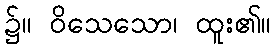
၌။ ဝိသေသော၊ ထူး၏။